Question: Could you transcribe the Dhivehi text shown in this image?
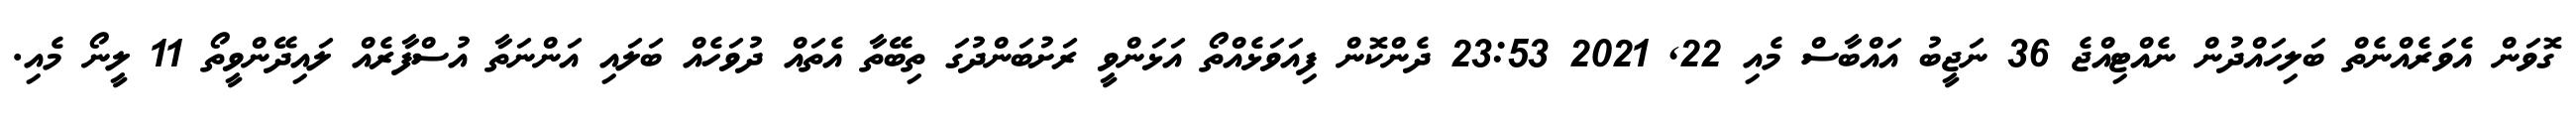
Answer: ގޮވަން އެވަރެއްނެތް ބަލިހައްދުން ނެއްޓިއްޖެ 36 ނަޖީބު އައްބާސް މެއި 22, 2021 23:53 ދެންކޮން ފިއަވަޅެއްތޯ އަޅަންވީ ރަށުބަންދުގަ ތިބޭތާ އެތައް ދުވަހެއް ބަލައި އަންނަތާ އުސްފާރެއް ލައިދޭންވީތޯ 11 ލީނޯ މެއި.